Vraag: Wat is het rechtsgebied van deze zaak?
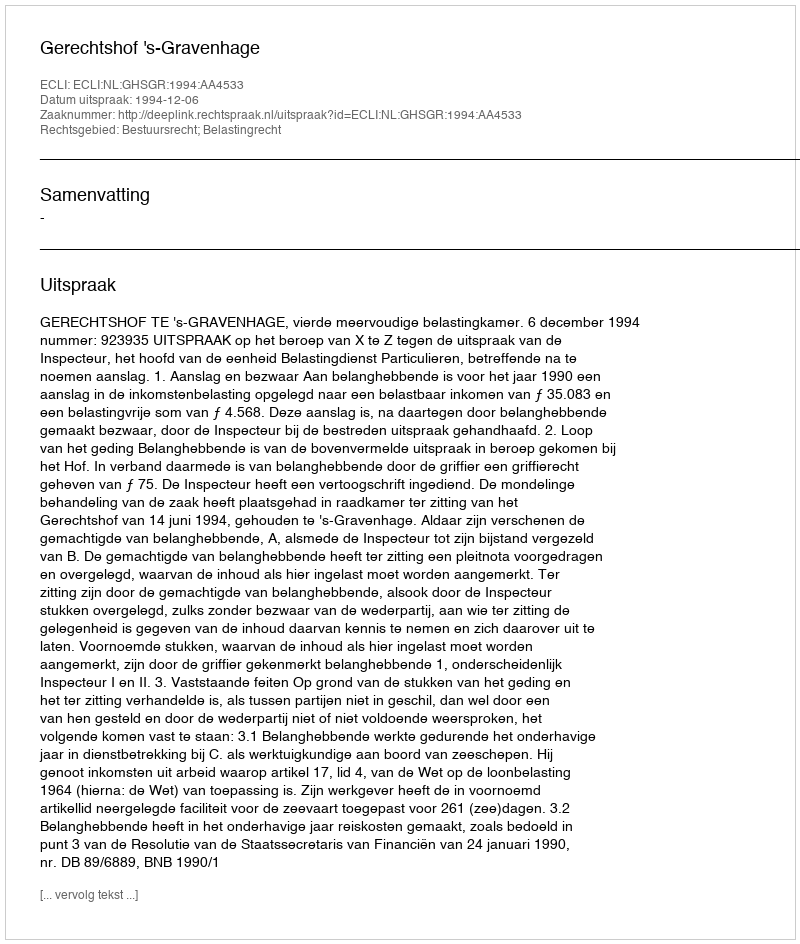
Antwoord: Bestuursrecht; Belastingrecht